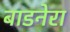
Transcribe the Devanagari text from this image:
बाडनेरा